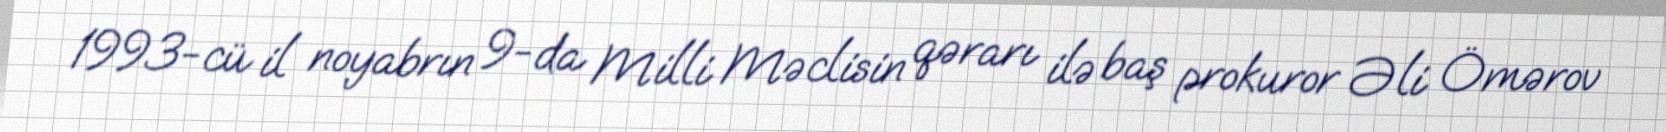
1993-cü il noyabrın 9-da Milli Məclisin qərarı ilə baş prokuror Əli Ömərov